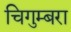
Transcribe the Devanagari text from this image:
चिगुम्बरा